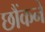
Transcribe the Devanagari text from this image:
छौंकने